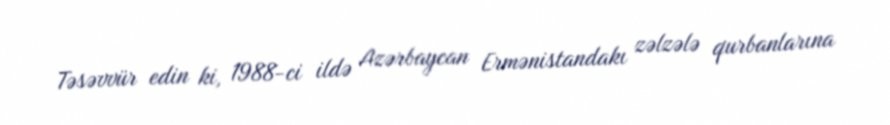
Təsəvvür edin ki, 1988-ci ildə Azərbaycan Ermənistandakı zəlzələ qurbanlarına